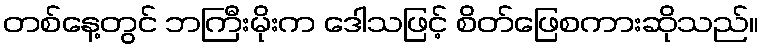
တစ်နေ့တွင် ဘကြီးမိုးက ဒေါသဖြင့် စိတ်ဖြေစကားဆိုသည်။